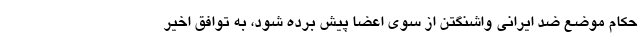
حکام موضع ضد ایرانی واشنگتن از سوی اعضا پیش برده شود، به توافق اخیر